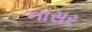
નાસર